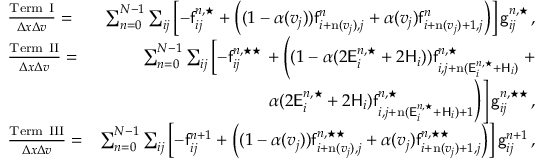
\begin{array} { r l r } & { \frac { \mathrm { T e r m ~ I } } { \Delta x \Delta v } = } & { \sum _ { n = 0 } ^ { N - 1 } \sum _ { i j } \left[ - \mathsf { f } _ { i j } ^ { n , \star } + \left( ( 1 - \alpha ( v _ { j } ) ) \mathsf { f } _ { i + \mathrm { n } ( v _ { j } ) , j } ^ { n } + \alpha ( v _ { j } ) \mathsf { f } _ { i + \mathrm { n } ( v _ { j } ) + 1 , j } ^ { n } \right) \right] \mathsf { g } _ { i j } ^ { n , \star } \, , } \\ & { \frac { \mathrm { T e r m ~ I I } } { \Delta x \Delta v } = } & { \sum _ { n = 0 } ^ { N - 1 } \sum _ { i j } \left[ - \mathsf { f } _ { i j } ^ { n , \star \star } \right. + \left( ( 1 - \alpha ( 2 \mathsf { E } _ { i } ^ { n , \star } + 2 \mathsf { H } _ { i } ) ) \mathsf { f } _ { i , j + \mathrm { n } ( \mathsf { E } _ { i } ^ { n , \star } + \mathsf { H } _ { i } ) } ^ { n , \star } \right. + } \\ & { } & { \left. \left. \alpha ( 2 \mathsf { E } _ { i } ^ { n , \star } + 2 \mathsf { H } _ { i } ) \mathsf { f } _ { i , j + \mathrm { n } ( \mathsf { E } _ { i } ^ { n , \star } + \mathsf { H } _ { i } ) + 1 } ^ { n , \star } \right) \right] \mathsf { g } _ { i j } ^ { n , \star \star } \, , } \\ & { \frac { \mathrm { T e r m ~ I I I } } { \Delta x \Delta v } = } & { \sum _ { n = 0 } ^ { N - 1 } \sum _ { i j } \left[ - \mathsf { f } _ { i j } ^ { n + 1 } + \left( ( 1 - \alpha ( v _ { j } ) ) \mathsf { f } _ { i + \mathrm { n } ( v _ { j } ) , j } ^ { n , \star \star } + \alpha ( v _ { j } ) \mathsf { f } _ { i + \mathrm { n } ( v _ { j } ) + 1 , j } ^ { n , \star \star } \right) \right] \mathsf { g } _ { i j } ^ { n + 1 } \, , } \end{array}